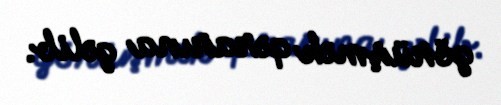
görüşmək qərarına gəlib.